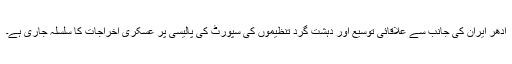
ادھر ایران کی جانب سے علاقائی توسیع اور دہشت گرد تنظیموں کی سپورٹ کی پالیسی پر عسکری اخراجات کا سلسلہ جاری ہے۔